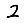
Digit: 2